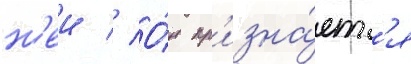
н'еи // О́н пр'изна́етс'я